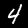
Digit: 4